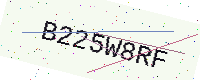
Text: B225W8RF